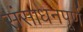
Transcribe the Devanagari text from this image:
संसाधनपूर्ण